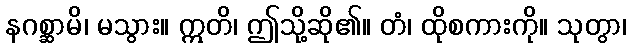
နဂစ္ဆာမိ၊ မသွား။ ဣတိ၊ ဤသို့ဆို၏။ တံ၊ ထိုစကားကို။ သုတွာ၊